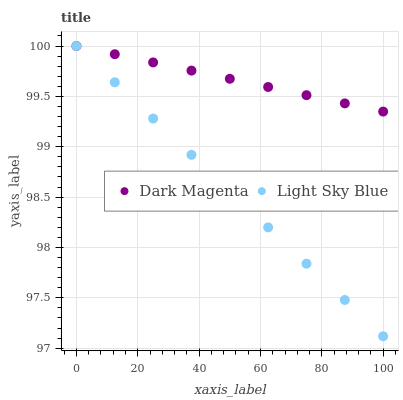
| xaxis_label | Dark Magenta | Light Sky Blue |
 | --- | --- | --- |
 | 0 | 100 | 100 |
 | 12.5 | 99.9 | 99.6 |
 | 25 | 99.8 | 99.3 |
 | 37.5 | 99.8 | 98.9 |
 | 50 | 99.7 | 98.6 |
 | 62.5 | 99.6 | 98.2 |
 | 75 | 99.5 | 97.8 |
 | 87.5 | 99.4 | 97.5 |
 | 100 | 99.3 | 97.1 |